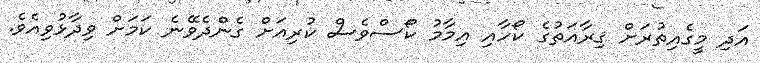
އަދި މީގެއިތުރަށް ޤިރާއަތުގެ ކޯހާއި އިމާމު ކޯސްވެސް ކުރިއަށް ގެންދެވޭނެ ކަމަށް ވިދާޅުވިއެވެ.